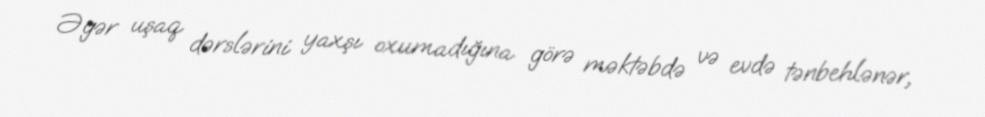
Əgər uşaq dərslərini yaxşı oxumadığına görə məktəbdə və evdə tənbehlənər,